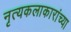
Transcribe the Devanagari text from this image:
नृत्यकलाकारांच्या